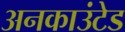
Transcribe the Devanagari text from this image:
अनकाउंटेड